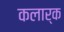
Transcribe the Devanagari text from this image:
कलार्क